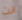
انت